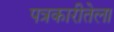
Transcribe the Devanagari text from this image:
पत्रकारीतेला